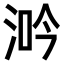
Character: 𣵴